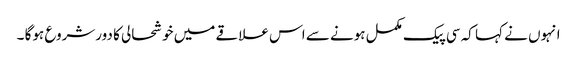
انہوں نے کہا کہ سی پیک مکمل ہونے سے اس علاقے میں خوشحالی کا دورشروع ہوگا ۔